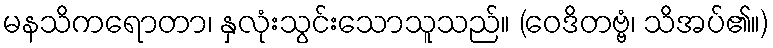
မနသိကရောတာ၊ နှလုံးသွင်းသောသူသည်။ (ဝေဒိတဗ္ဗံ၊ သိအပ်၏။)